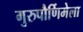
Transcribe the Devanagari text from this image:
गुरुपौर्णिमेला